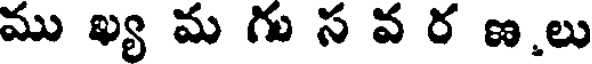
ము ఖ్య మ గు స వ ర ణ.లు